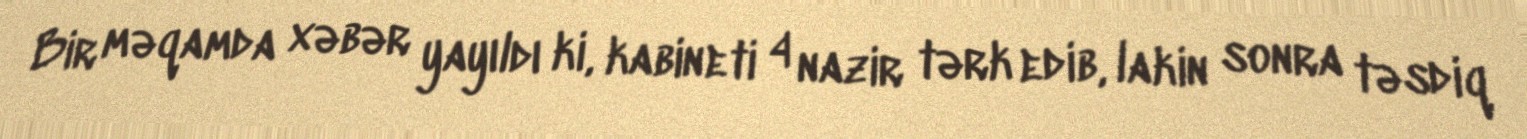
Bir məqamda xəbər yayıldı ki, kabineti 4 nazir tərk edib, lakin sonra təsdiq